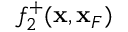
f _ { 2 } ^ { + } ( { \bf x } , { \bf x } _ { F } )